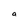
Character: a